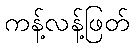
ကန့်လန့်ဖြတ်